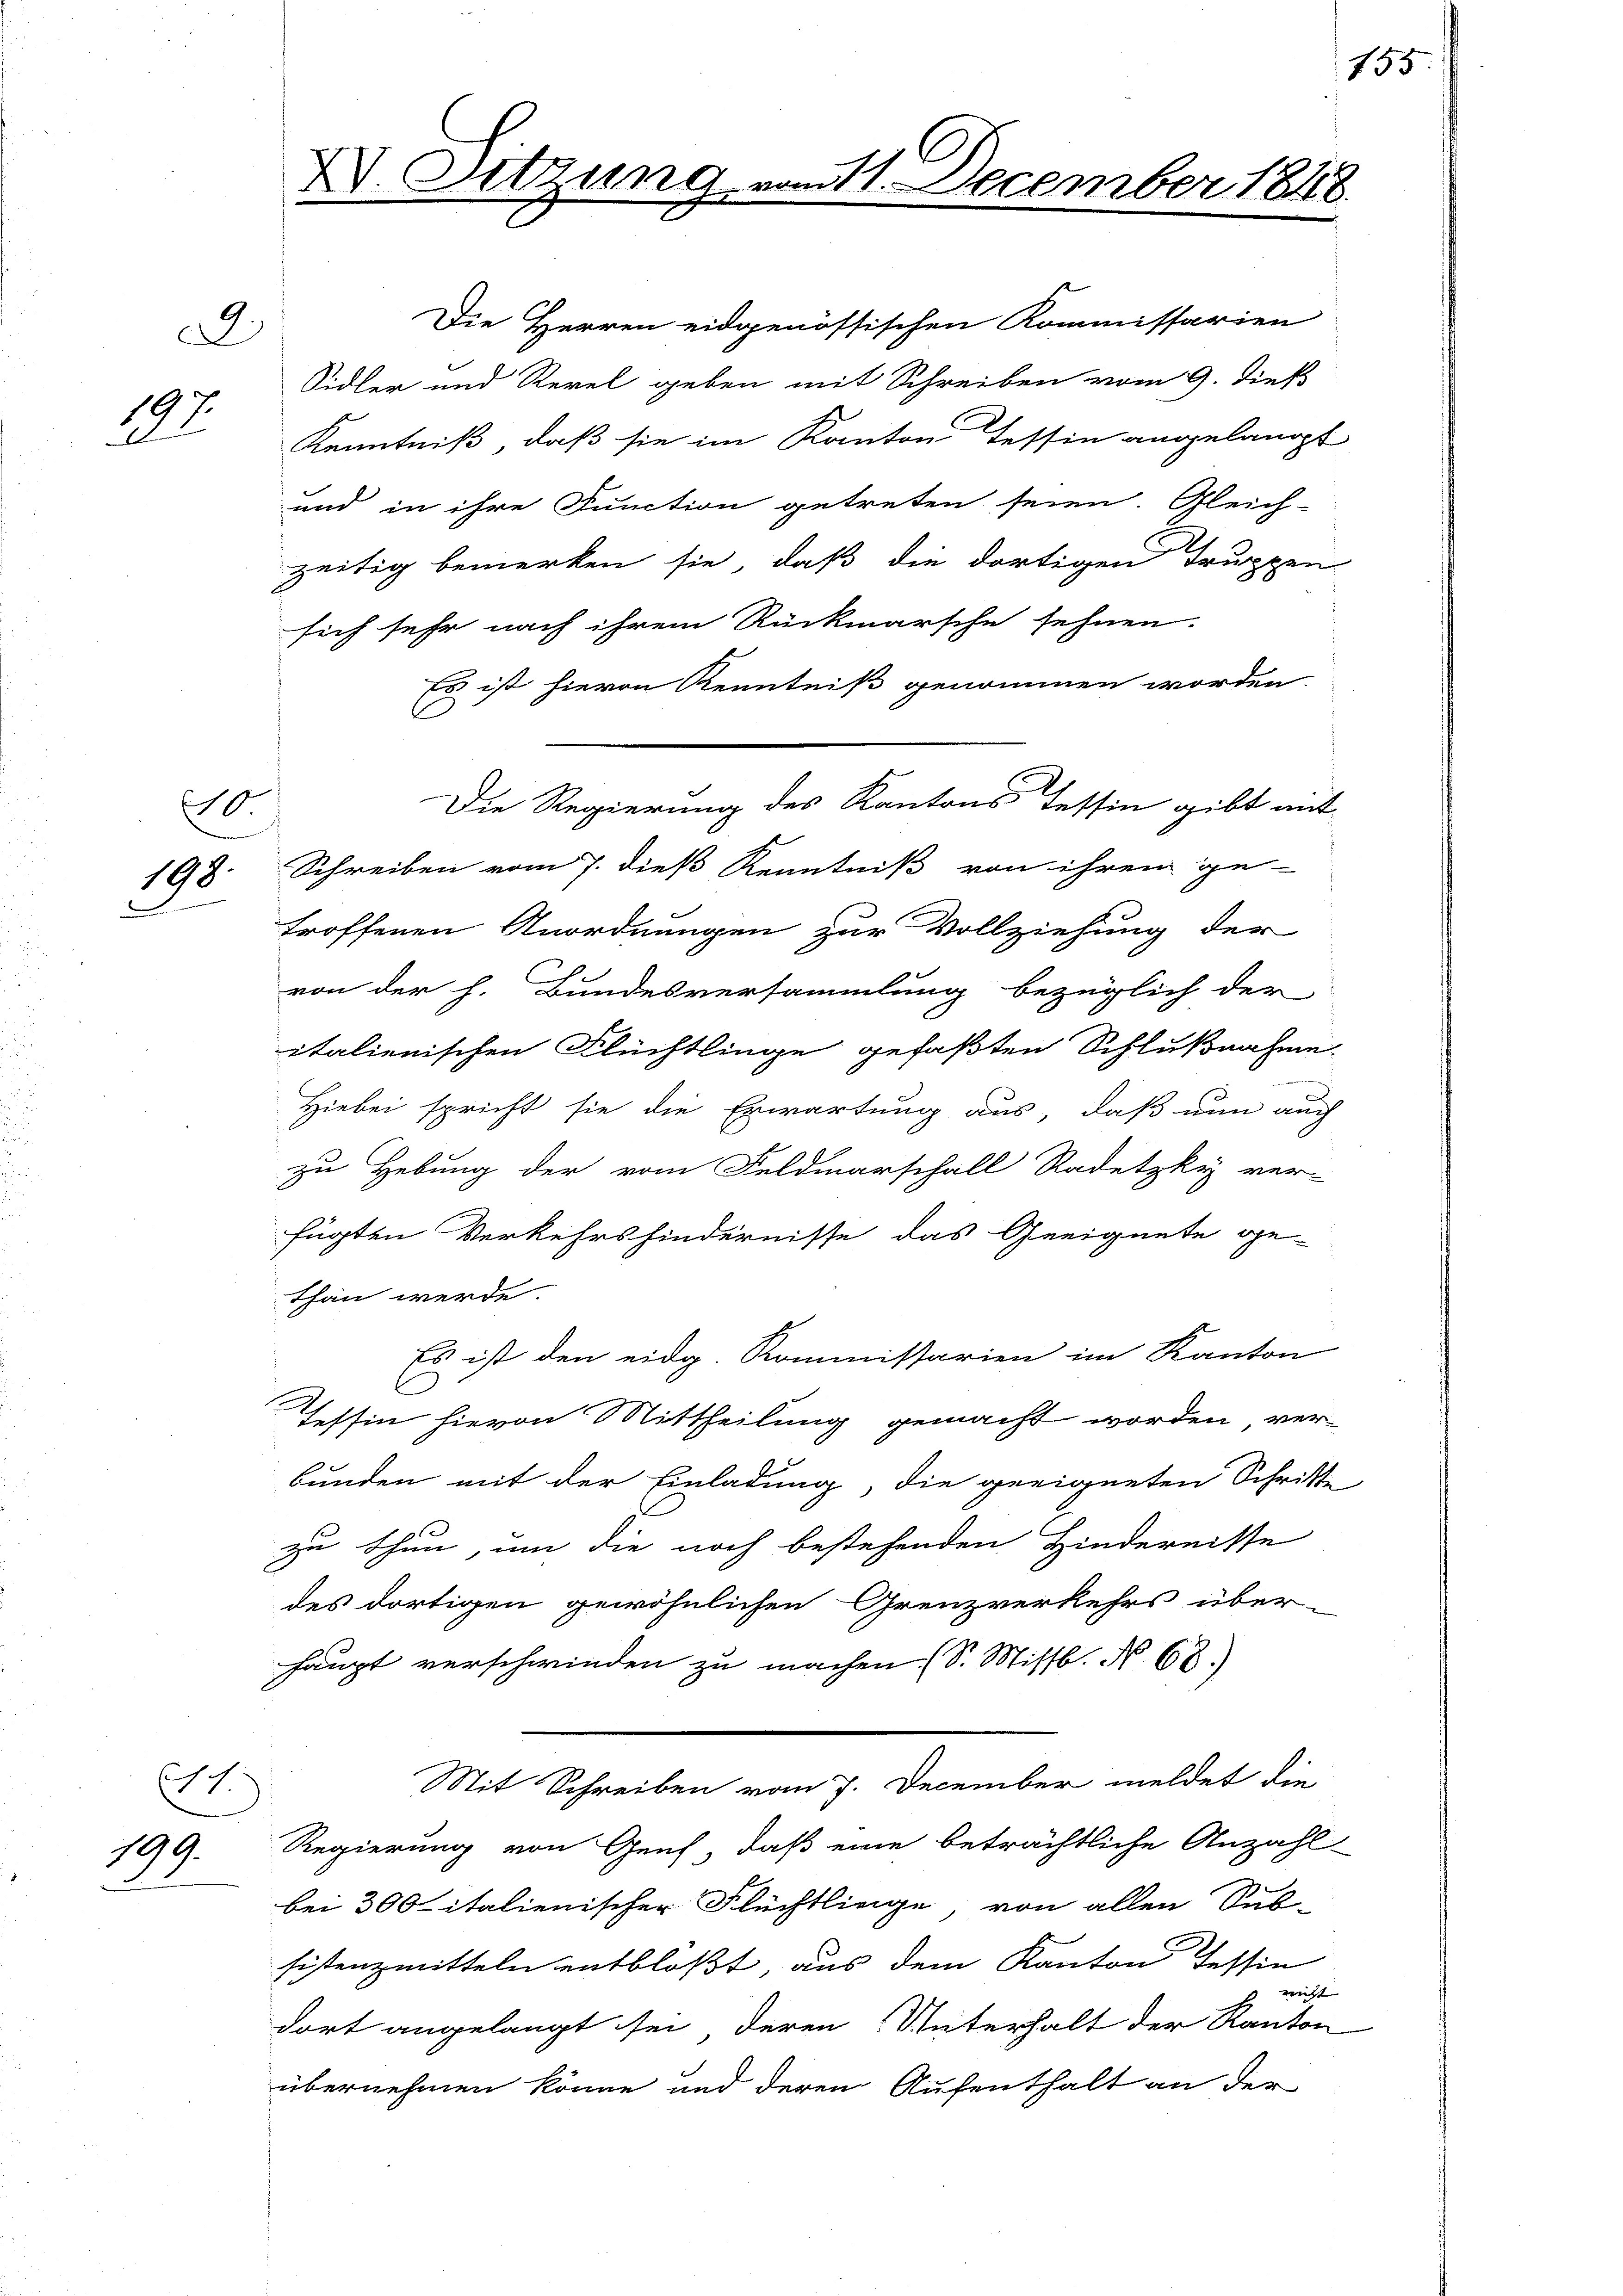
.
197.
2

10.
.

St.

199.

XV. Sitzung u

am 11. December 1848.

Die Herren eidgenössischen Kommissarien
Sidler und Regel geben mit Schreiben vom 9. dieß
Kenntniß, daß sie im Kanton Tessin angelangt
und in ihre Function getreten seien. Gleich-
zeitig bemerken sie, daß die dortigen Truppen
sich sehr nach ihrem Rückmarsche sehnen.
Es ist hievon Kenntniß genommen worden.
C
Die Regierung des Kantons Tessin gibt mit
198. Schreiben vom 7. dieß Kenntniß von ihren ge-
troffenen Anordnungen zur Vollziehung der
von der h. Bundesversammlung bezüglich der
italienischen Flüchtlinge gefaßten Schlußnahme.
Hiebei spricht sie die Erwartung aus, daß nun auch
zu Hebung der vom Feldmarschall Radetzky ver-
fügten Verkehrshindernisse das Geeignete ge-
than werde.
Es ist den eidg. Kommissarien im Kanton
C
Tessin hievon Mittheilung gemacht worden, ver-
bunden mit der Einladung, die geeigneten Schritte
zu thun, um die noch bestehenden Hindernisse
des dortigen gewöhnlichen Grenzverkehrs über-
haupt verschwinden zu machen (S. Missb. No 68.)
Mit Schreiben vom 7. December meldet die
Regierung von Genf, daß eine beträchtliche Anzahl-
bei 300 italienischer Flüchtlinge, von allen Sub-
sistenzmitteln entblößt, aus dem Kanton Tessin
nicht
dort angelangt sei, deren Unterhalt der Kanton
übernehmen könne und deren Aufenthalt an der

155